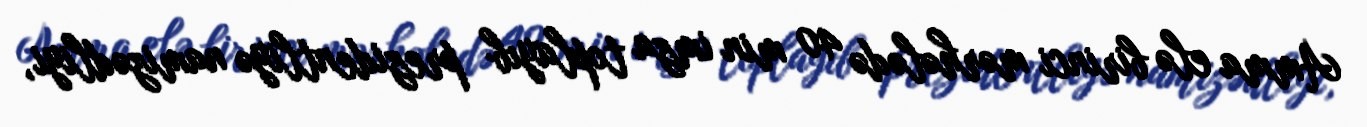
Amma elə birinci mərhələdə 40 min imza toplayıb prezidentliyə namizədliyi,